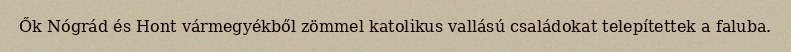
Ők Nógrád és Hont vármegyékből zömmel katolikus vallású családokat telepítettek a faluba.